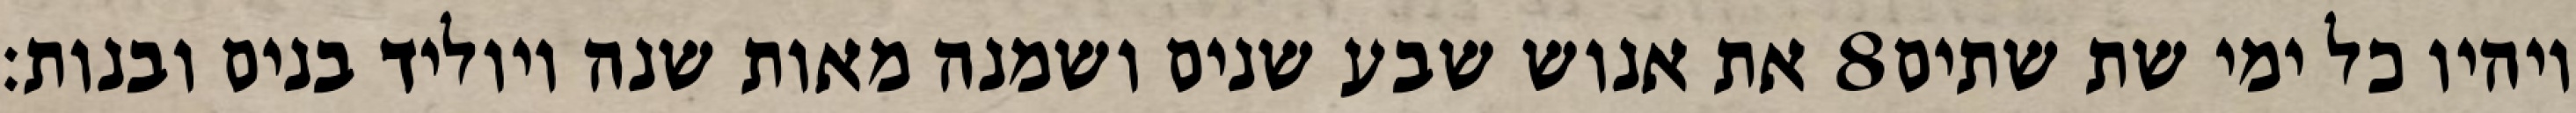
את אנוש שבע שנים ושמנה מאות שנה ויוליד בנים ובנות׃ ‎8‏ ויהיו כל ימי שת שתים